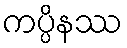
ကပ္ပိနဿ